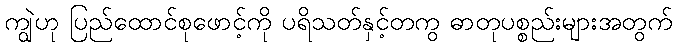
ကျွဲဟု ပြည်ထောင်စုဖောင့်ကို ပရိသတ်နှင့်တကွ ဓာတုပစ္စည်းများအတွက်